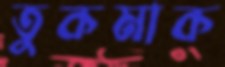
তুকমাক